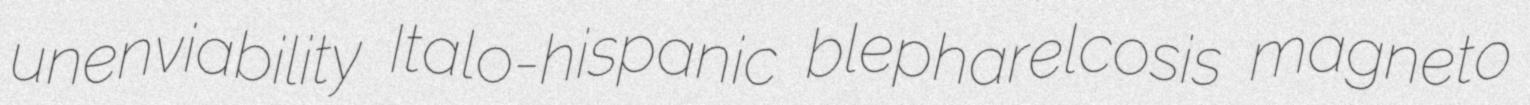
unenviability Italo-hispanic blepharelcosis magneto